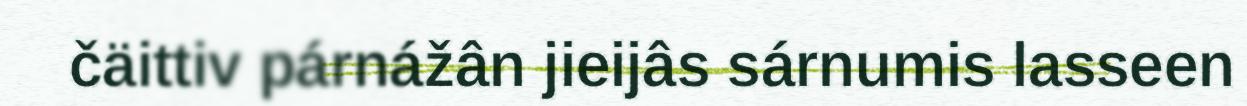
čäittiv párnážân jieijâs sárnumis lasseen